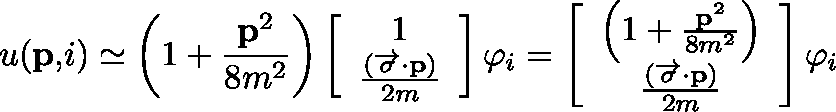
u ( \mathbf { p , } i ) \simeq \left( 1 + \frac { \mathbf { p } ^ { 2 } } { 8 m ^ { 2 } } \right) \left[ \begin{array} { c } { { 1 } } \\ { { \frac { ( \overrightarrow { \mathbf { \sigma } } \mathbf { \cdot p } ) } { 2 m } } } \end{array} \right] \varphi _ { i } = \left[ \begin{array} { c } { { \left( 1 + \frac { \mathbf { p } ^ { 2 } } { 8 m ^ { 2 } } \right) } } \\ { { \frac { ( \overrightarrow { \mathbf { \sigma } } \mathbf { \cdot p } ) } { 2 m } } } \end{array} \right] \varphi _ { i }